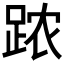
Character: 𲃣